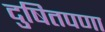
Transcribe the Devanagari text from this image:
दुषितपणा